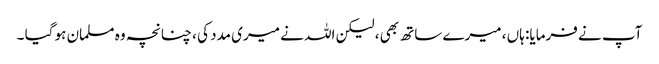
آپ نے فرمایا: ہاں ، میرے ساتھ بھی ، لیکن اللہ نے میری مدد کی ، چنانچہ وہ مسلمان ہو گیا ۔